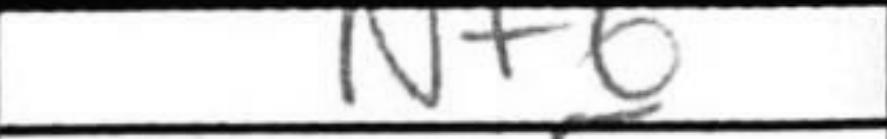
Transcription: Nf6